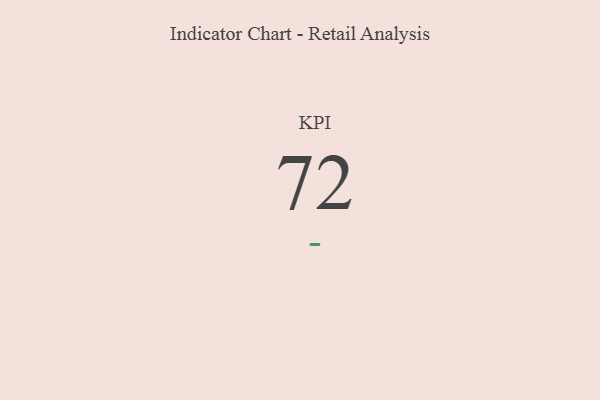
{"axis": {"x": "KPI", "y": "Value"}, "legend": [""], "data": [{"x": "KPI", "y": 72, "type": ""}]}